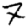
Digit: 7